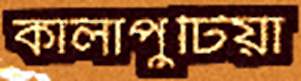
কালাপুটিয়া